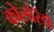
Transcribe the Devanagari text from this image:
कोलोरॅडो